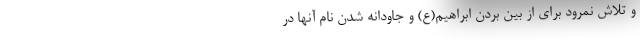
و تلاش نمرود برای از بین بردن ابراهیم(ع) و جاودانه شدن نام آنها در